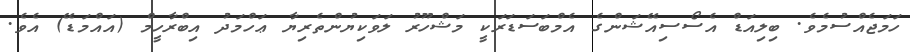
ހަމަޖެއްސުމެވެ. ބިލިއަޑް އެސޯސިއޭޝަންގެ އެމްބަސަޑަރަކީ މަޝްހޫރު ލަވަކިޔުންތެރިޔާ ޢަހްމަދު އިބްރާހީމް (އައްމަޑޭ) އެވެ.